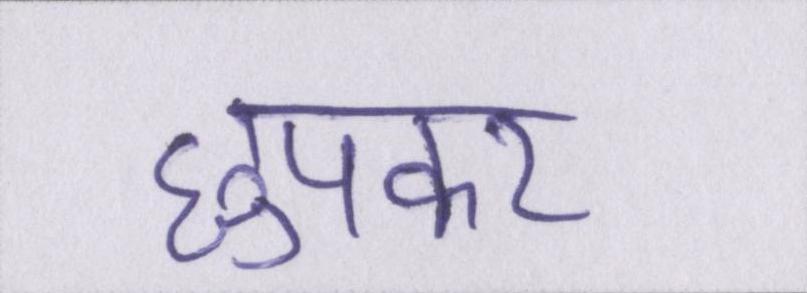
छुपकर